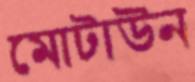
মোটাউন